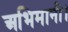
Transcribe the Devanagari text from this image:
अभिमानी।